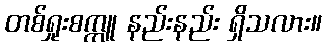
တစ်ရှုးစက္ကူ နည်းနည်း ရှိသလား။